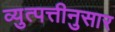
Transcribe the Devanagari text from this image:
व्युत्पत्तीनुसार